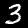
Digit: 3